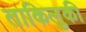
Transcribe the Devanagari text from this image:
ताकिलुकी